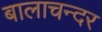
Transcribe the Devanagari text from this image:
बालाचन्दर